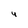
Character: 4